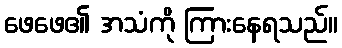
ဖေဖေ၏ အသံကို ကြားနေရသည်။